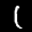
Label: 1